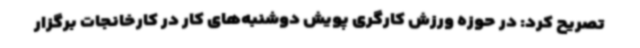
تصریح کرد: در حوزه ورزش کارگری پویش دوشنبه‌های کار در کارخانجات برگزار